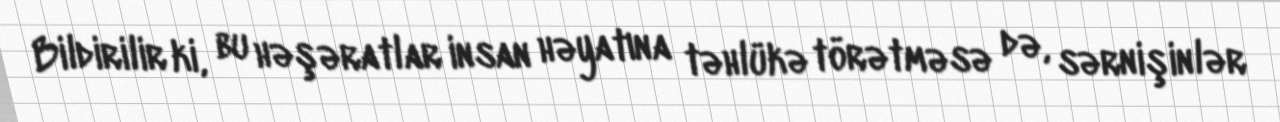
Bildirilir ki, bu həşəratlar insan həyatına təhlükə törətməsə də, sərnişinlər